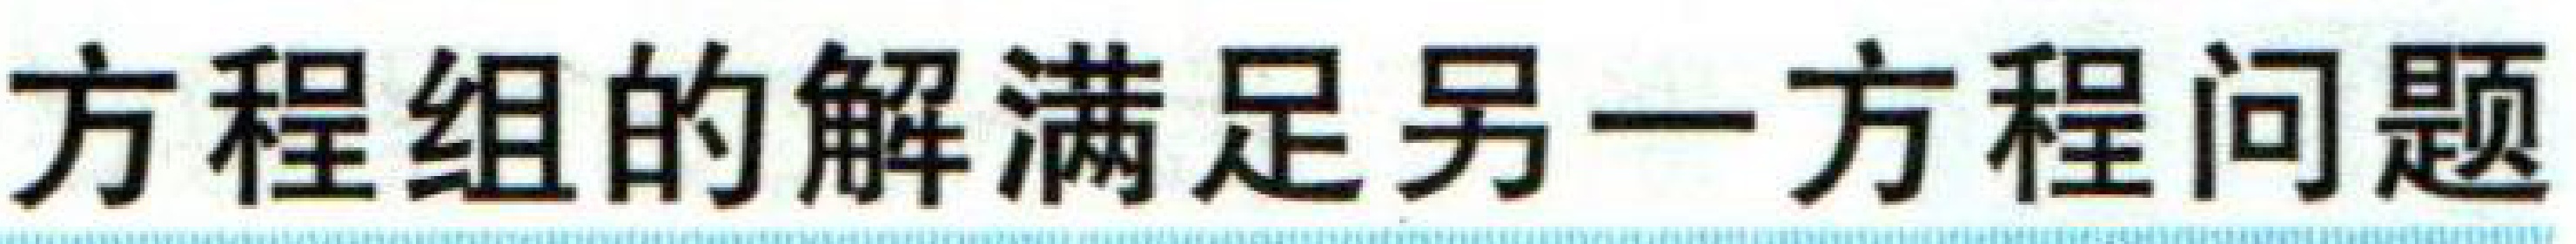
方程组的解满足另一方程问题